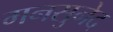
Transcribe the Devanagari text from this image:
मनसुनेद